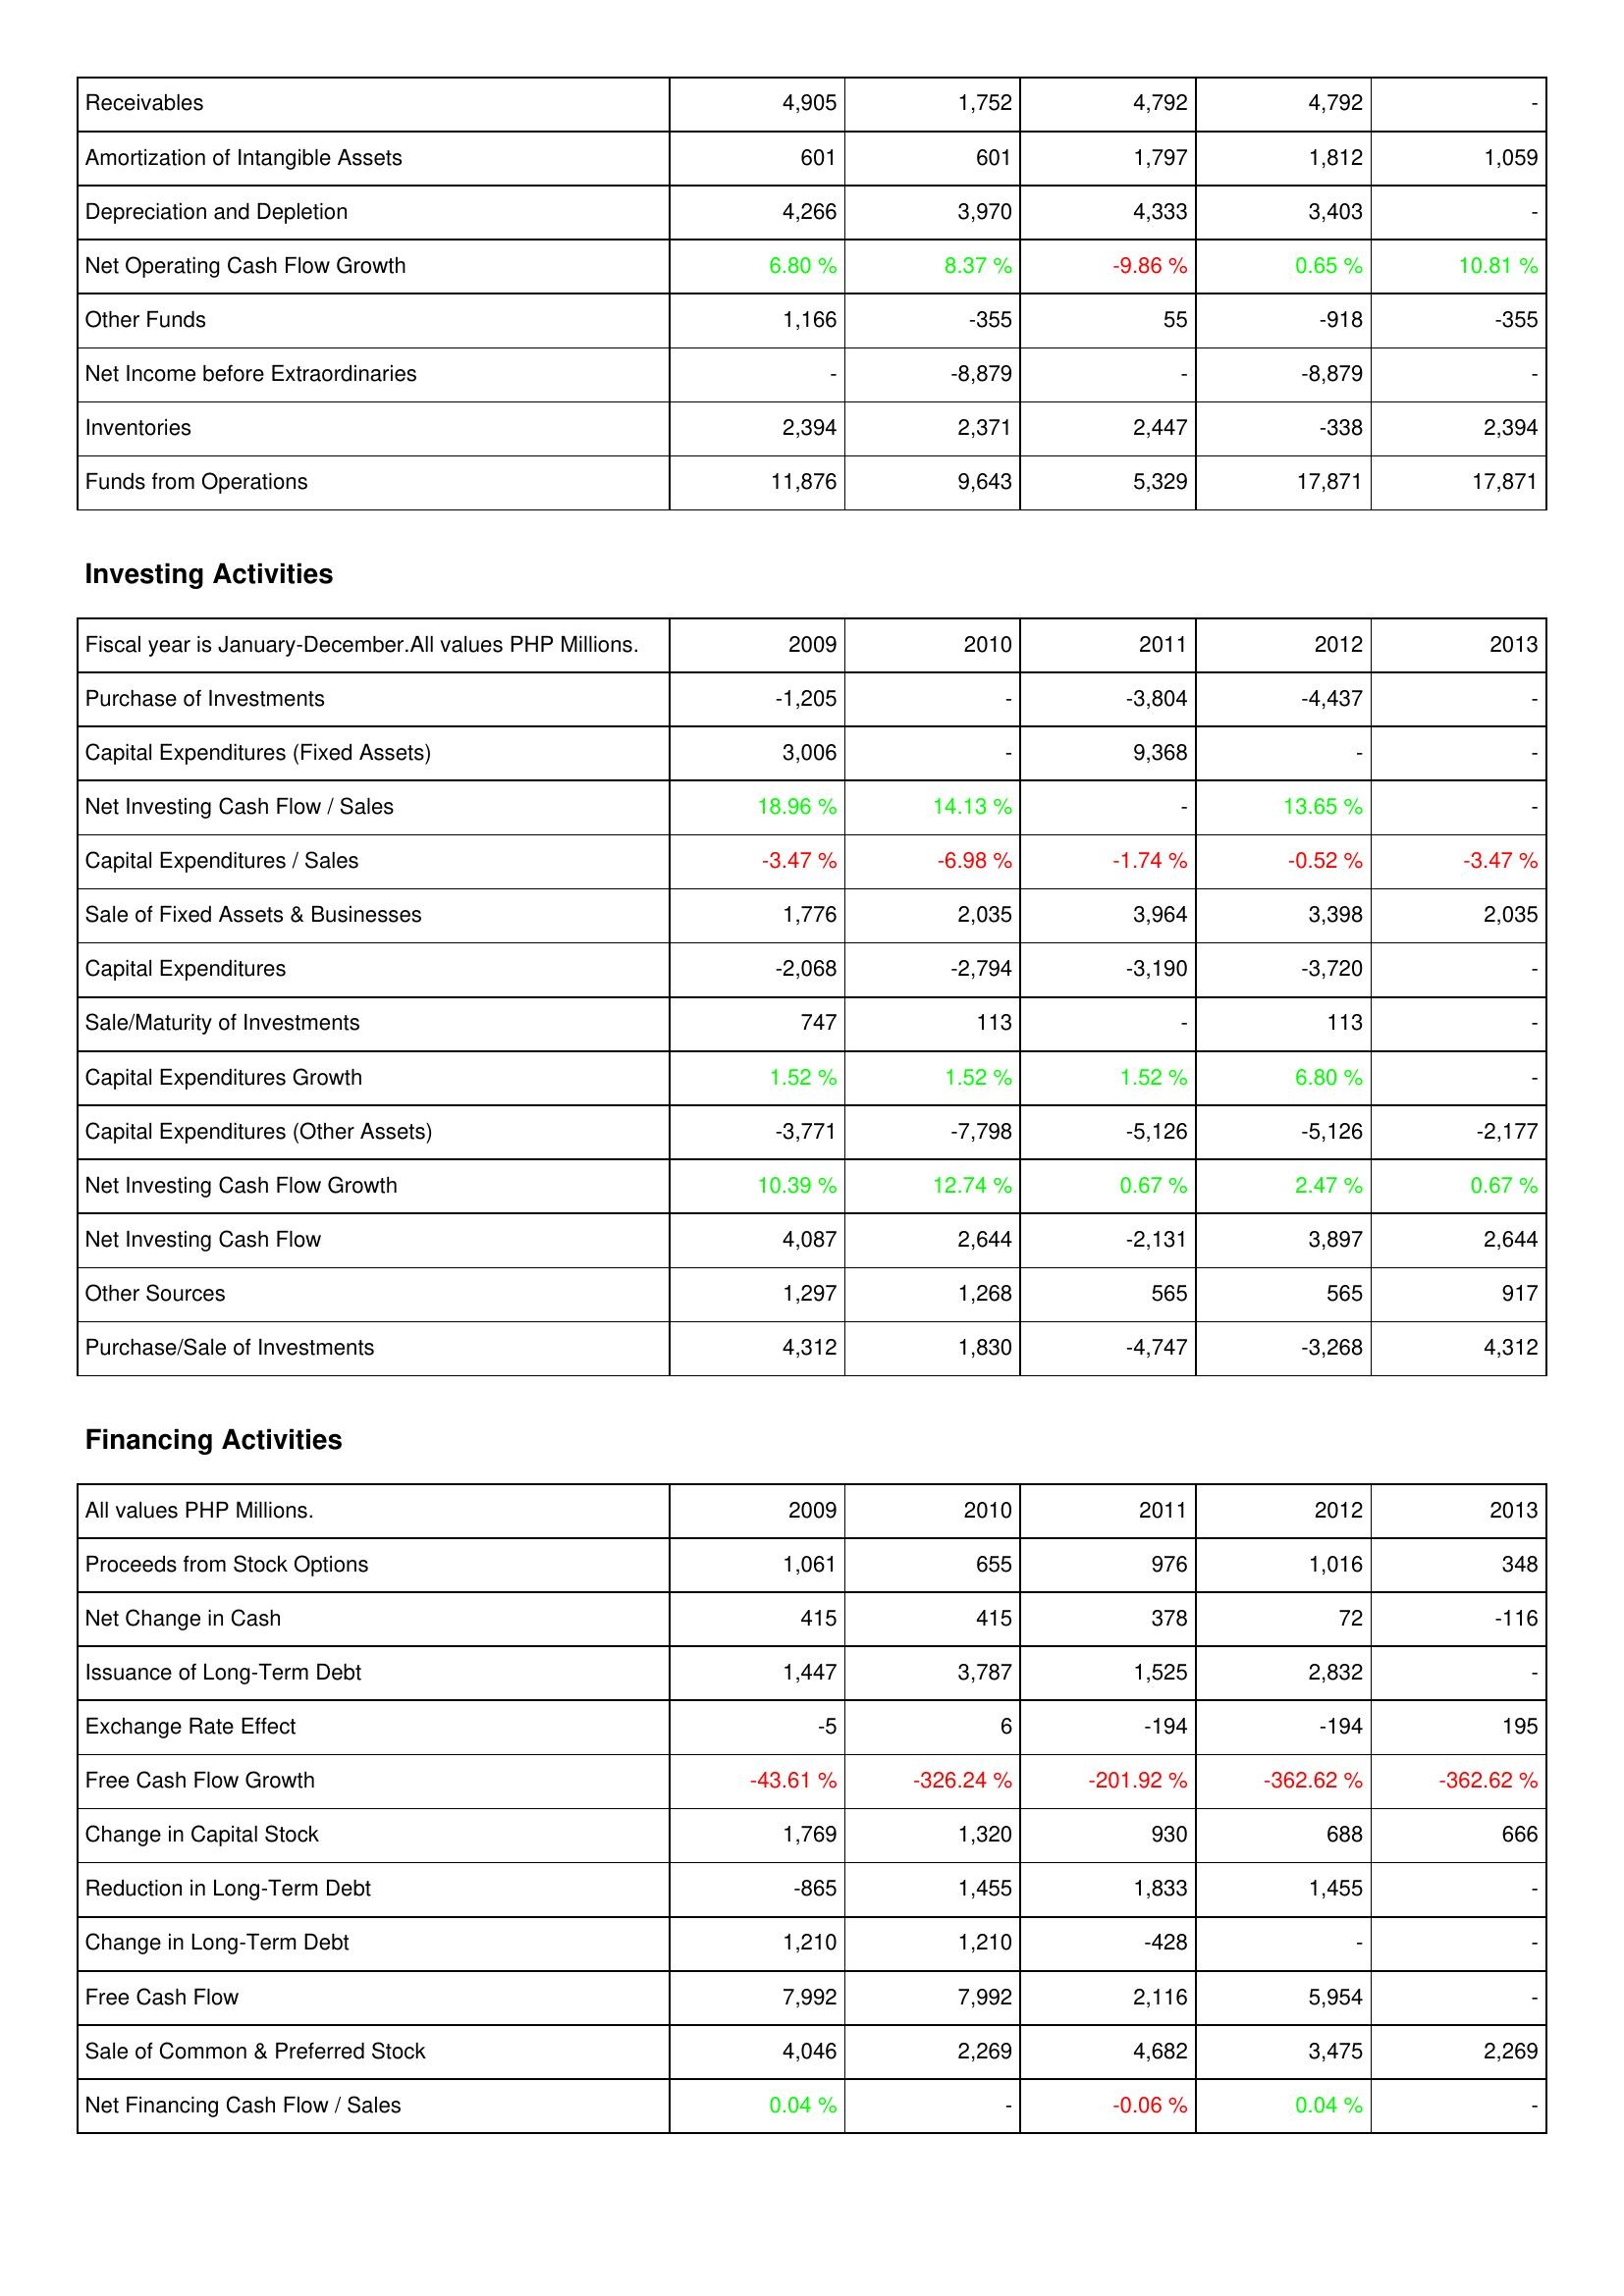
2009: Operating Activities: Receivables: 4,905
Amortization of Intangible Assets: 601
Depreciation and Depletion: 4,266
Net Operating Cash Flow Growth: 6.80 %
Other Funds: 1,166
Net Income before Extraordinaries: -
Inventories: 2,394
Funds from Operations: 11,876
Investing Activities: Purchase of Investments: -1,205
Capital Expenditures (Fixed Assets): 3,006
Net Investing Cash Flow / Sales: 18.96 %
Capital Expenditures / Sales: -3.47 %
Sale of Fixed Assets & Businesses: 1,776
Capital Expenditures: -2,068
Sale/Maturity of Investments: 747
Capital Expenditures Growth: 1.52 %
Capital Expenditures (Other Assets): -3,771
Net Investing Cash Flow Growth: 10.39 %
Net Investing Cash Flow: 4,087
Other Sources: 1,297
Purchase/Sale of Investments: 4,312
Financing Activities: Proceeds from Stock Options: 1,061
Net Change in Cash: 415
Issuance of Long-Term Debt: 1,447
Exchange Rate Effect: -5
Free Cash Flow Growth: -43.61 %
Change in Capital Stock: 1,769
Reduction in Long-Term Debt: -865
Change in Long-Term Debt: 1,210
Free Cash Flow: 7,992
Sale of Common & Preferred Stock: 4,046
Net Financing Cash Flow / Sales: 0.04 %
2010: Operating Activities: Receivables: 1,752
Amortization of Intangible Assets: 601
Depreciation and Depletion: 3,970
Net Operating Cash Flow Growth: 8.37 %
Other Funds: -355
Net Income before Extraordinaries: -8,879
Inventories: 2,371
Funds from Operations: 9,643
Investing Activities: Purchase of Investments: -
Capital Expenditures (Fixed Assets): -
Net Investing Cash Flow / Sales: 14.13 %
Capital Expenditures / Sales: -6.98 %
Sale of Fixed Assets & Businesses: 2,035
Capital Expenditures: -2,794
Sale/Maturity of Investments: 113
Capital Expenditures Growth: 1.52 %
Capital Expenditures (Other Assets): -7,798
Net Investing Cash Flow Growth: 12.74 %
Net Investing Cash Flow: 2,644
Other Sources: 1,268
Purchase/Sale of Investments: 1,830
Financing Activities: Proceeds from Stock Options: 655
Net Change in Cash: 415
Issuance of Long-Term Debt: 3,787
Exchange Rate Effect: 6
Free Cash Flow Growth: -326.24 %
Change in Capital Stock: 1,320
Reduction in Long-Term Debt: 1,455
Change in Long-Term Debt: 1,210
Free Cash Flow: 7,992
Sale of Common & Preferred Stock: 2,269
Net Financing Cash Flow / Sales: -
2011: Operating Activities: Receivables: 4,792
Amortization of Intangible Assets: 1,797
Depreciation and Depletion: 4,333
Net Operating Cash Flow Growth: -9.86 %
Other Funds: 55
Net Income before Extraordinaries: -
Inventories: 2,447
Funds from Operations: 5,329
Investing Activities: Purchase of Investments: -3,804
Capital Expenditures (Fixed Assets): 9,368
Net Investing Cash Flow / Sales: -
Capital Expenditures / Sales: -1.74 %
Sale of Fixed Assets & Businesses: 3,964
Capital Expenditures: -3,190
Sale/Maturity of Investments: -
Capital Expenditures Growth: 1.52 %
Capital Expenditures (Other Assets): -5,126
Net Investing Cash Flow Growth: 0.67 %
Net Investing Cash Flow: -2,131
Other Sources: 565
Purchase/Sale of Investments: -4,747
Financing Activities: Proceeds from Stock Options: 976
Net Change in Cash: 378
Issuance of Long-Term Debt: 1,525
Exchange Rate Effect: -194
Free Cash Flow Growth: -201.92 %
Change in Capital Stock: 930
Reduction in Long-Term Debt: 1,833
Change in Long-Term Debt: -428
Free Cash Flow: 2,116
Sale of Common & Preferred Stock: 4,682
Net Financing Cash Flow / Sales: -0.06 %
2012: Operating Activities: Receivables: 4,792
Amortization of Intangible Assets: 1,812
Depreciation and Depletion: 3,403
Net Operating Cash Flow Growth: 0.65 %
Other Funds: -918
Net Income before Extraordinaries: -8,879
Inventories: -338
Funds from Operations: 17,871
Investing Activities: Purchase of Investments: -4,437
Capital Expenditures (Fixed Assets): -
Net Investing Cash Flow / Sales: 13.65 %
Capital Expenditures / Sales: -0.52 %
Sale of Fixed Assets & Businesses: 3,398
Capital Expenditures: -3,720
Sale/Maturity of Investments: 113
Capital Expenditures Growth: 6.80 %
Capital Expenditures (Other Assets): -5,126
Net Investing Cash Flow Growth: 2.47 %
Net Investing Cash Flow: 3,897
Other Sources: 565
Purchase/Sale of Investments: -3,268
Financing Activities: Proceeds from Stock Options: 1,016
Net Change in Cash: 72
Issuance of Long-Term Debt: 2,832
Exchange Rate Effect: -194
Free Cash Flow Growth: -362.62 %
Change in Capital Stock: 688
Reduction in Long-Term Debt: 1,455
Change in Long-Term Debt: -
Free Cash Flow: 5,954
Sale of Common & Preferred Stock: 3,475
Net Financing Cash Flow / Sales: 0.04 %
2013: Operating Activities: Receivables: -
Amortization of Intangible Assets: 1,059
Depreciation and Depletion: -
Net Operating Cash Flow Growth: 10.81 %
Other Funds: -355
Net Income before Extraordinaries: -
Inventories: 2,394
Funds from Operations: 17,871
Investing Activities: Purchase of Investments: -
Capital Expenditures (Fixed Assets): -
Net Investing Cash Flow / Sales: -
Capital Expenditures / Sales: -3.47 %
Sale of Fixed Assets & Businesses: 2,035
Capital Expenditures: -
Sale/Maturity of Investments: -
Capital Expenditures Growth: -
Capital Expenditures (Other Assets): -2,177
Net Investing Cash Flow Growth: 0.67 %
Net Investing Cash Flow: 2,644
Other Sources: 917
Purchase/Sale of Investments: 4,312
Financing Activities: Proceeds from Stock Options: 348
Net Change in Cash: -116
Issuance of Long-Term Debt: -
Exchange Rate Effect: 195
Free Cash Flow Growth: -362.62 %
Change in Capital Stock: 666
Reduction in Long-Term Debt: -
Change in Long-Term Debt: -
Free Cash Flow: -
Sale of Common & Preferred Stock: 2,269
Net Financing Cash Flow / Sales: -